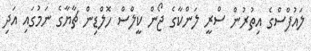
ލައުފްސްގެ އިތުރުން ސްރީ ލަންކާގެ ޖޯން ކީލްސް ހޮލްޑިން ޗާޔާގެ ނަމުގައި އަދި